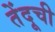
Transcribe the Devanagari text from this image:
तेंदूची